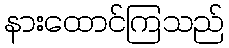
နားထောင်ကြသည်